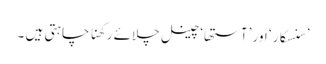
’سنسکار ‘ اور ’آستھا‘چینل چلائے رکھنا چاہتی ہیں ۔